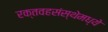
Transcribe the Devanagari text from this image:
रक्तवहसंस्थेमध्ये